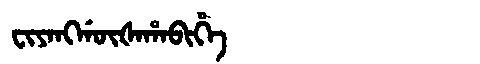
Manchu: ᠸᡳᠶᠠᠩᡤᡡᡧᠠᡥᠠᠪᡳᡥᡝ
Romanization: FIYANGGŪŠAHABIHE